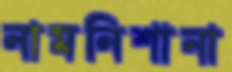
নামনিশানা